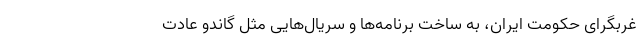
غربگرای حکومت ایران، به ساخت برنامه‌ها و سریال‌هایی مثل گاندو عادت